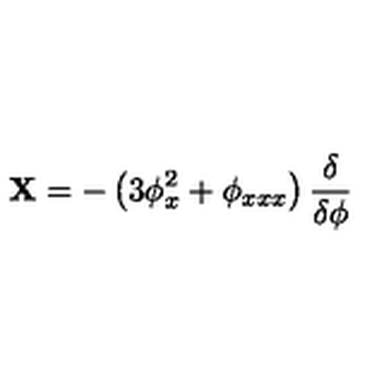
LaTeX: { \bf X } = - \left( 3 \phi _ { x } ^ { 2 } + \phi _ { x x x } \right) \frac { \delta } { \delta \phi }